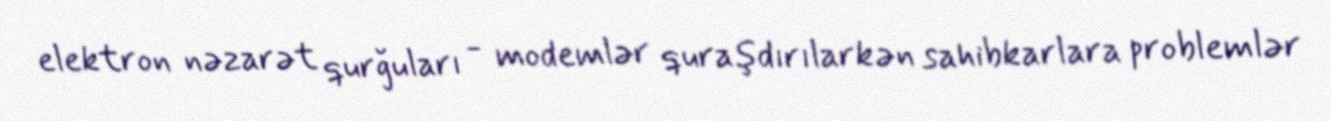
elektron nəzarət qurğuları - modemlər quraşdırılarkən sahibkarlara problemlər